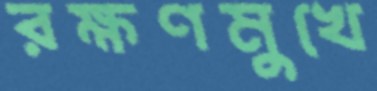
রক্ষণমুখে